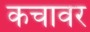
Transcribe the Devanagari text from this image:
कचावर